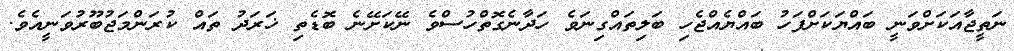
ނަތީޖާއަކަށްވަނީ ބައްޔަކަށްފަހު ބައްޔެއްޖެހި ބަލިތައްގިނަވެ ހަދާނެގޮތްހުސްވެ ނޭކަށޭނެ ބޮޑެތި ޚަރަދު ތައް ކުރަންމަޖުބޫރުވަނީއެވެ.